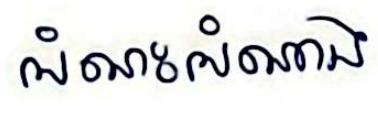
អំណះអំណាង